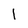
Character: l